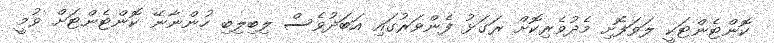
ކޮންޓެންޓަކީ ލަވަފޮށި މެދުވެރިކޮށް ރަގަޅު ފެންވަރުގައި އަބަދުވެސް ލިބިލިބި ހުންނާނޭ ކޮންޓެންޓަށް ވުމީ